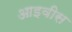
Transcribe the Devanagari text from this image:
आइवीस